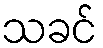
သခင်